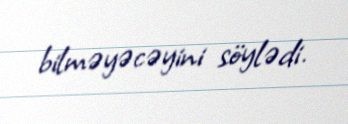
bilməyəcəyini söylədi.